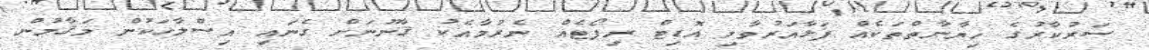
ސަރުކާރުގެ ޚިޔާނާތްތަކެއް ފަޅާއަރުވާލި އޮޑިޓް ރިޕޯޓެއް ނެރުމާއެކު ޤާނޫނަށް ގެނައި އިސްލާހަކުން މަޤާމުން